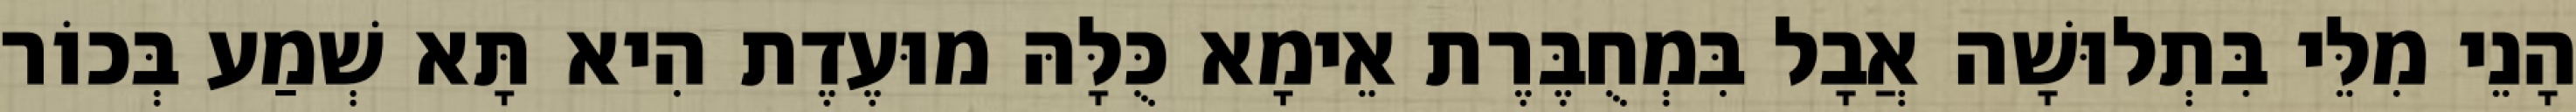
הָנֵי מִלֵּי בִּתְלוּשָׁה אֲבָל בִּמְחֻבֶּרֶת אֵימָא כֻּלָּהּ מוּעֶדֶת הִיא תָּא שְׁמַע בְּכוֹר